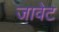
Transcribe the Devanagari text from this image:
जावेट